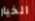
الخيار